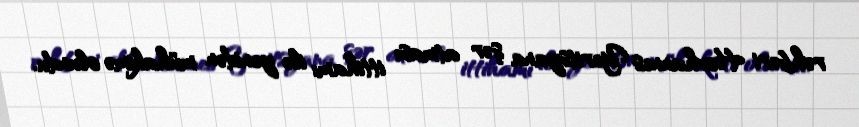
rəhbəri Hovhannes Yeritsyana şər atması ittihamı ilə yenidən mühakimə olundu.